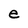
Character: e